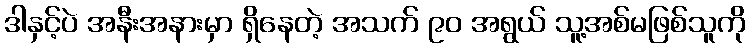
ဒါနှင့်ပဲ အနီးအနားမှာ ရှိနေတဲ့ အသက် ၉၀ အရွယ် သူ့အစ်မဖြစ်သူကို